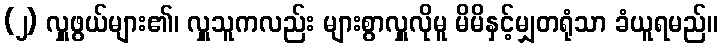
(၂) လှူဖွယ်များ၏၊ လှူသူကလည်း များစွာလှူလိုမူ မိမိနှင့်မျှတရုံသာ ခံယူရမည်။